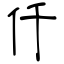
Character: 仟